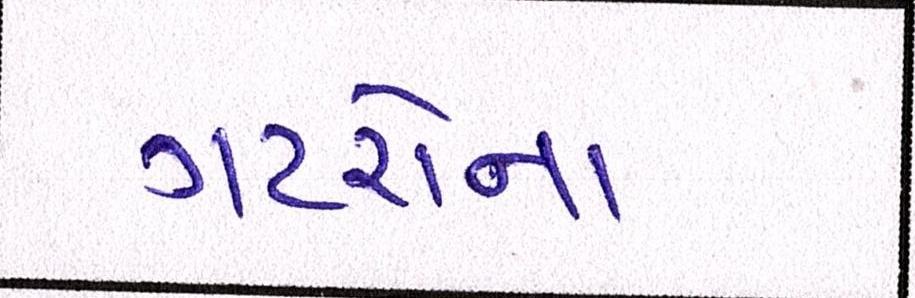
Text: ગટરોના